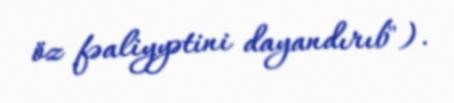
öz fəaliyyətini dayandırıb").